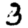
Digit: 3